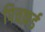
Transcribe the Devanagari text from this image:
पिचफ़र्ड